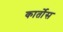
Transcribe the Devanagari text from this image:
कार्तोस